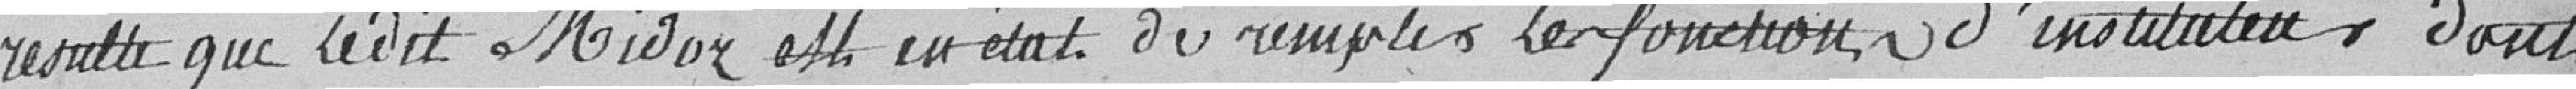
résulte que ledit Midoz est en état de remplir les fonctions d'instituteur dont